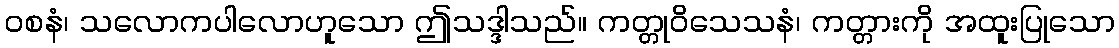
ဝစနံ၊ သလောကပါလောဟူသော ဤသဒ္ဒါသည်။ ကတ္တုဝိသေသနံ၊ ကတ္တားကို အထူးပြုသော